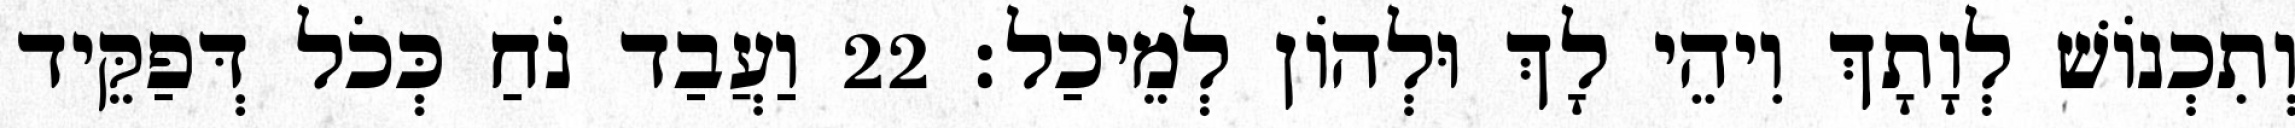
וְתִכְנוֹשׁ לְוָתָךְ וִיהֵי לָךְ וּלְהוֹן לְמֵיכַל׃ 22 וַעֲבַד נֹחַ כְּכֹל דְּפַקֵּיד